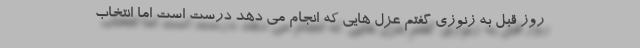
روز قبل به زنوزی گفتم عزل هایی که انجام می دهد درست است اما انتخاب